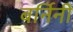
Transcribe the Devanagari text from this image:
बर्निनी